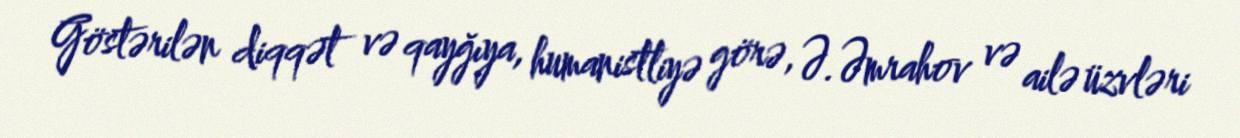
Göstərilən diqqət və qayğıya, humanistliyə görə, Ə.Əmrahov və ailə üzvləri